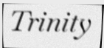
Trinity